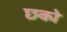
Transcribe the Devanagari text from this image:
छको